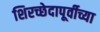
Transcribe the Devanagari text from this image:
शिरच्छेदापूर्वीच्या